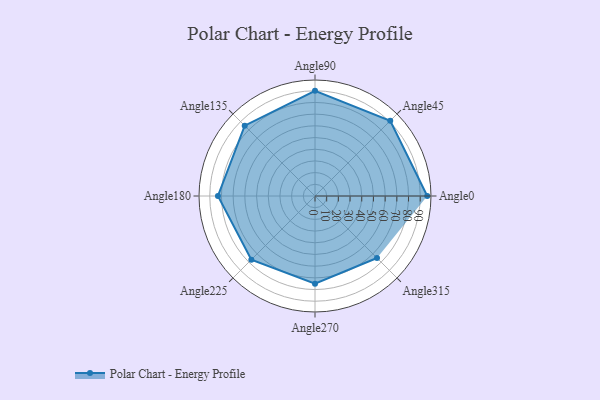
{"axis": {"x": "Angle", "y": "Radius"}, "legend": [""], "data": [{"x": "Angle0", "y": 96.0, "type": ""}, {"x": "Angle45", "y": 91.0, "type": ""}, {"x": "Angle90", "y": 90.0, "type": ""}, {"x": "Angle135", "y": 85.0, "type": ""}, {"x": "Angle180", "y": 83.0, "type": ""}, {"x": "Angle225", "y": 77.0, "type": ""}, {"x": "Angle270", "y": 75.0, "type": ""}, {"x": "Angle315", "y": 75.0, "type": ""}]}